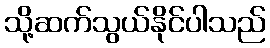
သို့ဆက်သွယ်နိုင်ပါသည်